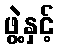
ဖွဲ့နှင့်